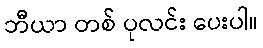
ဘီယာ တစ် ပုလင်း ပေးပါ။